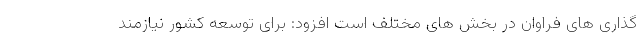
گذاری های فراوان در بخش های مختلف است افزود: برای توسعه کشور نیازمند